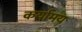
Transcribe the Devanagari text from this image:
कर्यामय